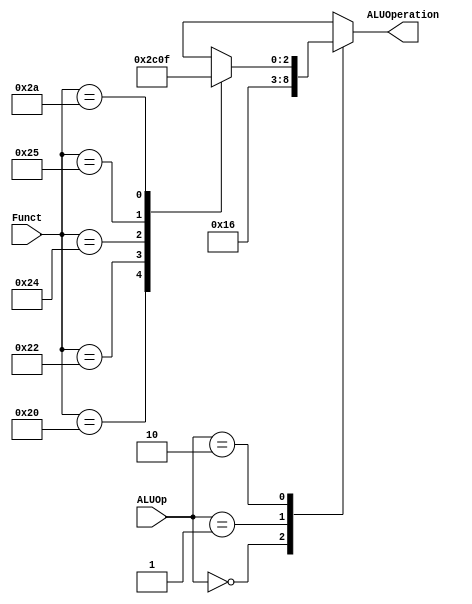
//-----------------------------------------------------------------------------
// Title         : ALU Control Unit
// Project       : Computer Organization
//-----------------------------------------------------------------------------
//-----------------------------------------------------------------------------
// Description :
//   ALU Control Unit  used in the implementations of the MIPS
//   processor subset described in Ch. 5-6 of "Computer Organization and Design, 3rd ed."
//   by David Patterson & John Hennessey, Morgan Kaufmann, 2004 (COD3e).  
//
//   It implements the function specified in Figure 5.13 on p. 302 of COD3e.
//
//-----------------------------------------------------------------------------

module alu_ctl(ALUOp, Funct, ALUOperation);
    input [1:0] ALUOp;
    input [5:0] Funct;
    output [2:0] ALUOperation;
    reg    [2:0] ALUOperation;

    // symbolic constants for instruction function code
    parameter F_add = 6'd32;
    parameter F_sub = 6'd34;
    parameter F_and = 6'd36;
    parameter F_or  = 6'd37;
    parameter F_slt = 6'd42;

    // symbolic constants for ALU Operations
    parameter ALU_add = 3'b010;
    parameter ALU_sub = 3'b110;
    parameter ALU_and = 3'b000;
    parameter ALU_or  = 3'b001;
    parameter ALU_slt = 3'b111;

    always @(ALUOp or Funct)
    begin
        case (ALUOp) 
            2'b00 : ALUOperation = ALU_add;
            2'b01 : ALUOperation = ALU_sub;
            2'b10 : case (Funct) 
                        F_add : ALUOperation = ALU_add;
                        F_sub : ALUOperation = ALU_sub;
                        F_and : ALUOperation = ALU_and;
                        F_or  : ALUOperation = ALU_or;
                        F_slt : ALUOperation = ALU_slt;
                        default ALUOperation = 3'bxxx;
                    endcase
            default ALUOperation = 3'bxxx;
        endcase
    end
endmodule